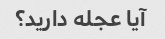
آیا عجله دارید؟